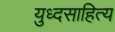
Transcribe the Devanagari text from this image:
युध्दसाहित्य